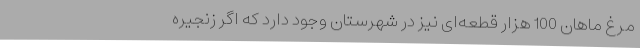
مرغ ماهان 100 هزار قطعه‌ای نیز در شهرستان وجود دارد که اگر زنجیره